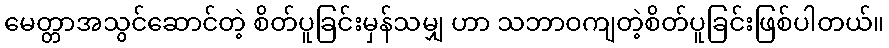
မေတ္တာအသွင်ဆောင်တဲ့ စိတ်ပူခြင်းမှန်သမျှ ဟာ သဘာဝကျတဲ့စိတ်ပူခြင်းဖြစ်ပါတယ်။